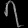
Digit: ၇